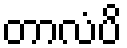
တာလံပိ